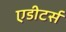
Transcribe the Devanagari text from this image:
एडीटर्स